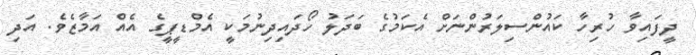
ދީފައިވާ ހުރިހާ ކައުންސިލަރުންނަށް އެކަމުގެ ބަދަލު ހޯދައިދިނުމަކީ އެމްޑީޕީގެ އެއް އަމާޒެވެ. އަދި